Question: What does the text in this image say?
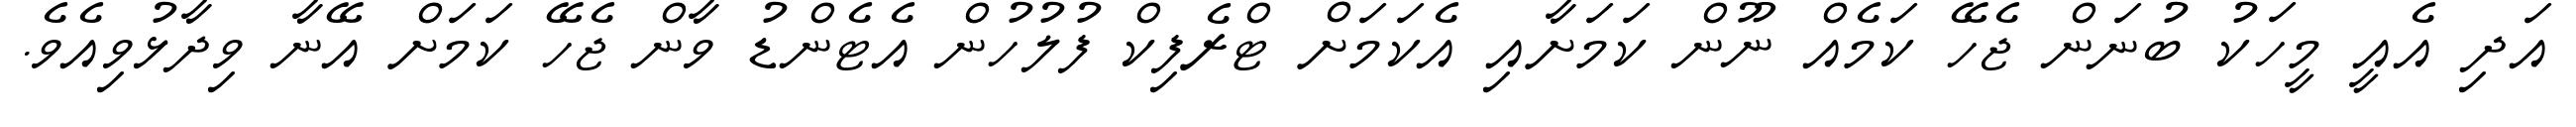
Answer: އަދި އެއީ މީހަކު ބުނަން ޖެހޭ ކަމެއް ނޫން ކަމަށާއި އެކަމަށް ޓްރެފިކް ފުލުހުން އެޓެންޑު ވާން ޖެހޭ ކަމަށް އޭނާ ވިދާޅުވިއެވެ.